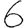
Digit: 6